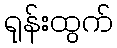
ရုန်းထွက်